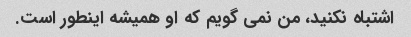
اشتباه نکنید، من نمی گویم که او همیشه اینطور است.